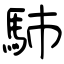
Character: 馷